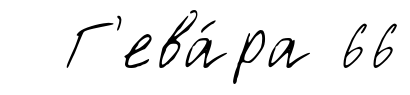
Г'ева́ра 66